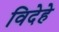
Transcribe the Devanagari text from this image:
विदेहे